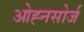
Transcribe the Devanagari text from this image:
ओह्नसोर्ज